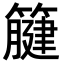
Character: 𥴤